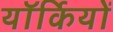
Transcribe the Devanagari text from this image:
यॉर्कियों